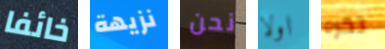
خائفا نزيهة نحن اولا تكره